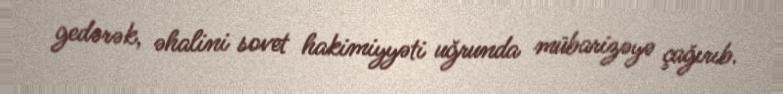
gedərək, əhalini sovet hakimiyyəti uğrunda mübarizəyə çağırıb.